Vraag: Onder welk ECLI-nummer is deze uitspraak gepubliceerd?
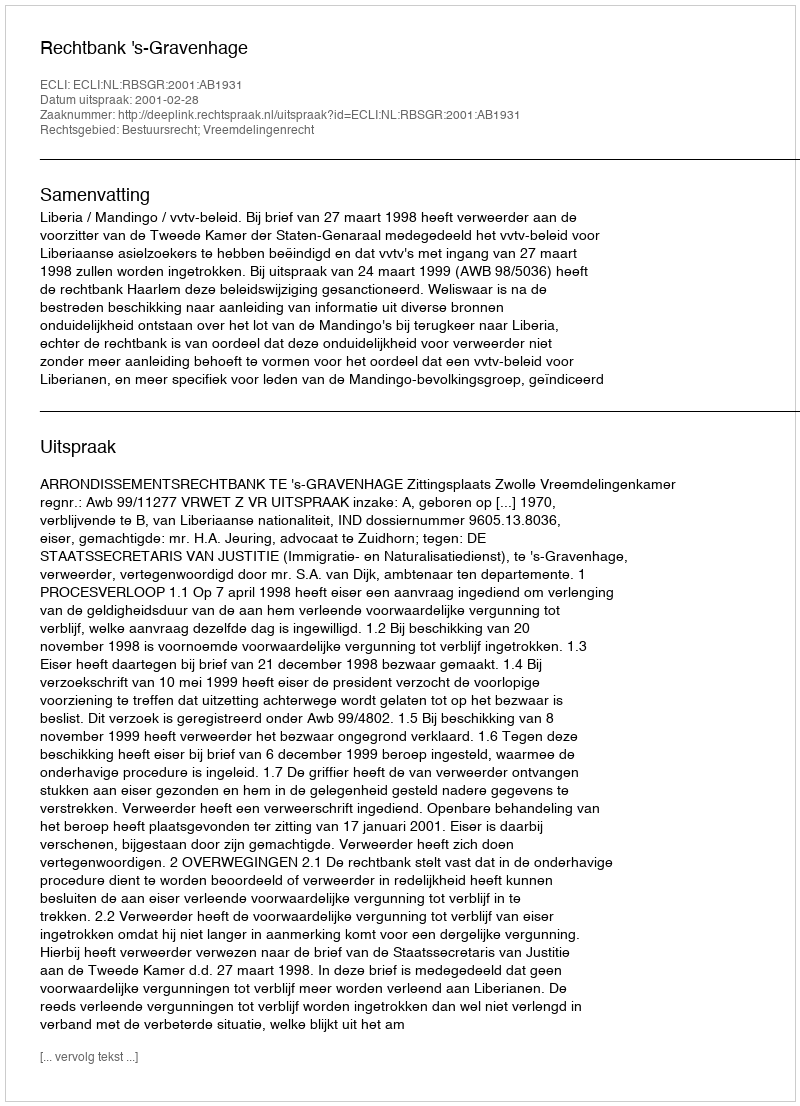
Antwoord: ECLI:NL:RBSGR:2001:AB1931